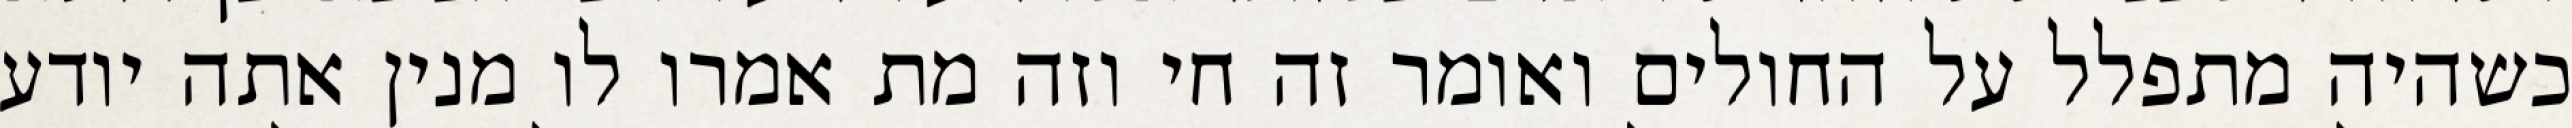
כשהיה מתפלל על החולים ואומר זה חי וזה מת אמרו לו מנין אתה יודע